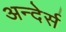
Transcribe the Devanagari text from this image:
अन्देर्स